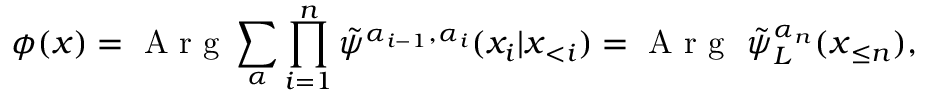
\phi ( \boldsymbol x ) = \mathrm { ~ A ~ r ~ g ~ } \sum _ { \boldsymbol { \alpha } } \prod _ { i = 1 } ^ { n } \tilde { \psi } ^ { \alpha _ { i - 1 } , \alpha _ { i } } ( x _ { i } | \boldsymbol x _ { < i } ) = \mathrm { ~ A ~ r ~ g ~ } \ \tilde { \psi } _ { L } ^ { \alpha _ { n } } ( \boldsymbol x _ { \le n } ) ,